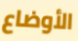
الأوضاع